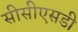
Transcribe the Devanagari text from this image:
सीसीएसडी